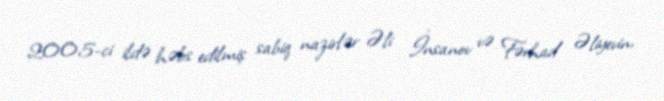
2005-ci ildə həbs edilmiş sabiq nazirlər Əli İnsanov və Fərhad Əliyevin,